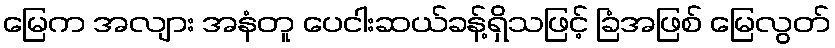
မြေက အလျား အနံတူ ပေငါးဆယ်ခန့်ရှိသဖြင့် ခြံအဖြစ် မြေလွတ်